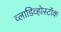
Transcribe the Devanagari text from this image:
व्लाडिव्होस्टॉक